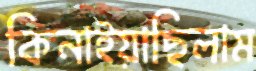
কিনাইয়াছিলাম